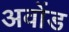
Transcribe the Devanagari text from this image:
अवोंड